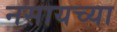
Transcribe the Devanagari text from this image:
नसायच्या